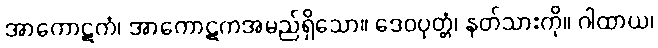
အာကောဋကံ၊ အာကောဋကအမည်ရှိသော။ ဒေဝပုတ္တံ၊ နတ်သားကို။ ဂါထာယ၊